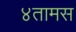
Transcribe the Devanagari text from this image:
४तामस